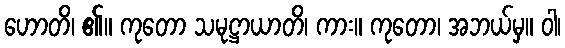
ဟောတိ၊ ၏။ ကုတော သမုဋ္ဌာယာတိ၊ ကား။ ကုတော၊ အဘယ်မှ။ ဝါ၊